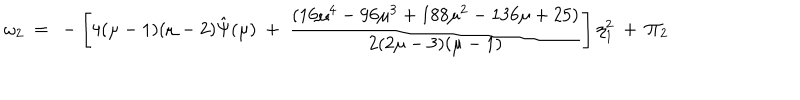
LaTeX: \omega _ { 2 } ~ = ~ - \left[ 4 ( \mu - 1 ) ( \mu - 2 ) \hat { \Psi } ( \mu ) ~ + ~ \frac { ( 1 6 \mu ^ { 4 } - 9 6 \mu ^ { 3 } + 1 8 8 \mu ^ { 2 } - 1 3 6 \mu + 2 5 ) } { 2 ( 2 \mu - 3 ) ( \mu - 1 ) } \right] \eta _ { 1 } ^ { 2 } ~ + ~ \Pi _ { 2 }